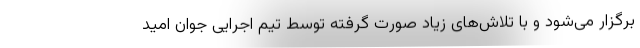
برگزار می‌شود و با تلاش‌های زیاد صورت گرفته توسط تیم اجرایی جوان امید